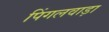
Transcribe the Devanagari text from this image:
पिंगलवाड़ा